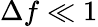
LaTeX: \Delta f\ll 1